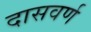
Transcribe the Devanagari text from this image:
दासवर्ण